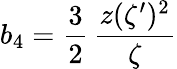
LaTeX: b_{4}=\frac{3}{2}\, {\frac{z(\zeta^{\prime})^{2}}{\zeta}}